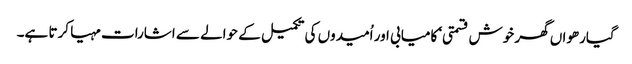
گیارھواں گھر خوش قسمتی‘ کامیابی اور اُمیدوں کی تکمیل کے حوالے سے اشارات مہیا کرتا ہے۔